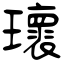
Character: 瓌